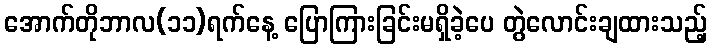
အောက်တိုဘာလ(၁၁)ရက်နေ့ ပြောကြားခြင်းမရှိခဲ့ပေ တွဲလောင်းချထားသည့်